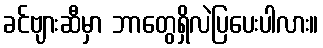
ခင်ဗျားဆီမှာ ဘာတွေရှိလဲပြပေးပါလား။